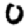
Digit: 0